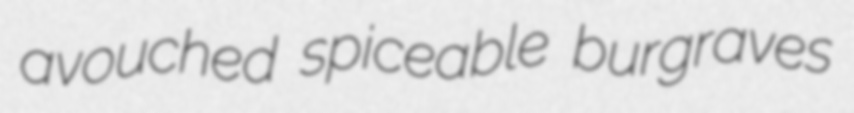
avouched spiceable burgraves